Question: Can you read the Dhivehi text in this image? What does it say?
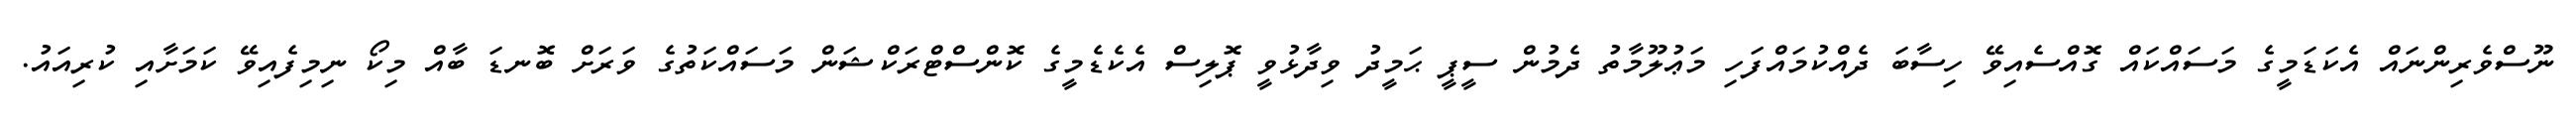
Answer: ނޫސްވެރިންނައް އެކަޑަމީގެ މަސައްކައް ގޮއްސެއިވޭ ހިސާބަ ދެއްކުމައްފަހި މަޢުލޫމާތު ދެމުން ސީޕީ ޙަމީދު ވިދާޅުވީ ޕޮލިސް އެކެޑެމީގެ ކޮންސްޓްރަކްޝަން މަސައްކަތުގެ ވަރަށް ބޮނޑަ ބާއް މިކޯ ނިމިފެއިވޭ ކަމަށާއި ކުރިއައު.